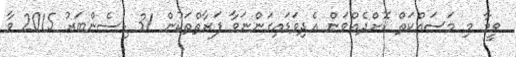
ވީމާ މި މަސައްކަތް ކޮށްދެއްވަން އެދިވަޑައިގަންނަވާ ފަރާތްތަކުން 31 ޑިސެންބަރު 2015 ވާ